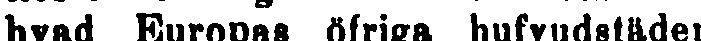
hvad Europas öfriga hufvudstäder